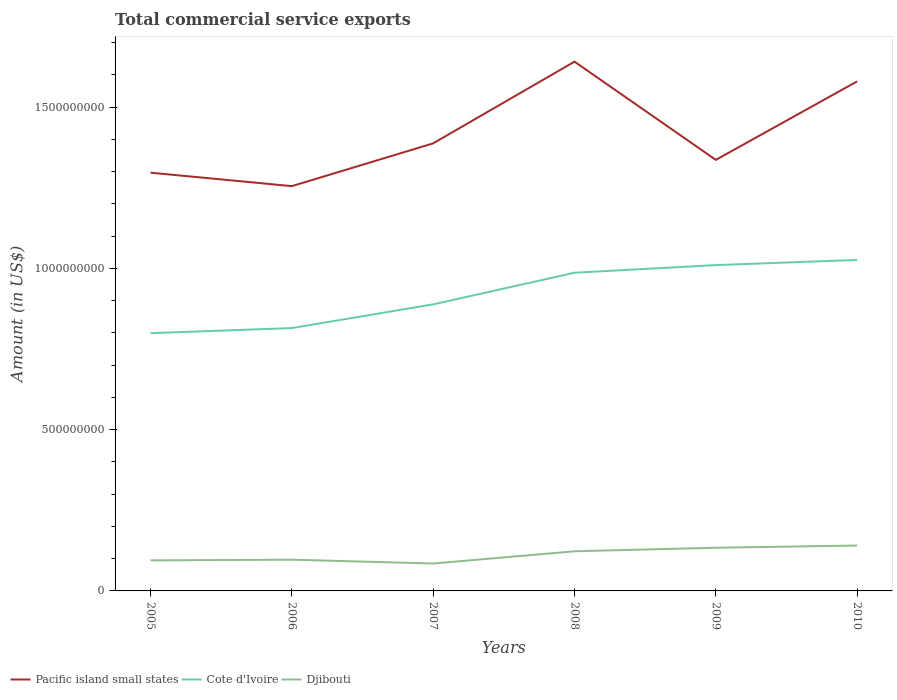
| Years | Pacific island small states | Cote d'Ivoire | Djibouti |
 | --- | --- | --- | --- |
 | 2005 | 1.3e+09 | 7.99e+08 | 9.47e+07 |
 | 2006 | 1.26e+09 | 8.15e+08 | 9.68e+07 |
 | 2007 | 1.39e+09 | 8.89e+08 | 8.5e+07 |
 | 2008 | 1.64e+09 | 9.87e+08 | 1.23e+08 |
 | 2009 | 1.34e+09 | 1.01e+09 | 1.34e+08 |
 | 2010 | 1.58e+09 | 1.03e+09 | 1.41e+08 |